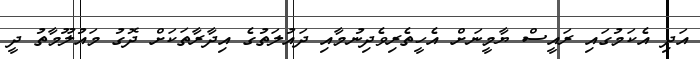
އަދި އެކަމުގައި ރައީސް ޔާމީނަށް އެހީތެރިވެދިނުމާއި ދައުލަތުގެ އިދާރާތަކަށް ދޮގު މައުލޫމާތު ދީ